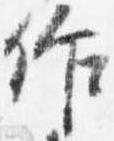
仰